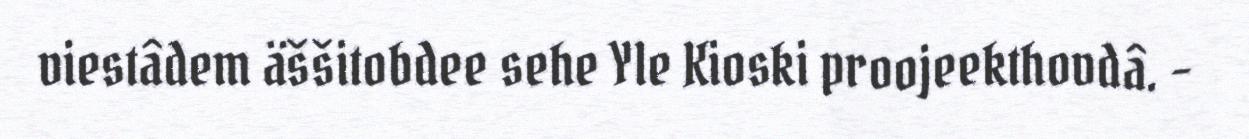
viestâdem äššitobdee sehe Yle Kioski proojeekthovdâ. –